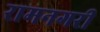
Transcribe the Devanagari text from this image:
रामनगरी